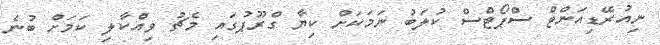
ނިއުރޭޑިއަންޓް ސްޕޯޓްސް ކުލަބު ނަމަކަށް ކިޔާ ގްރޫޕުގައި މެޗު ވިއްކާލި ކަމަށް ބުނެ